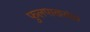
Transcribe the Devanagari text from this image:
फुलपाखरांवर